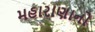
મહારાણાનો